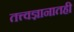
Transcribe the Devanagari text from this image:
तत्त्वज्ञानातही